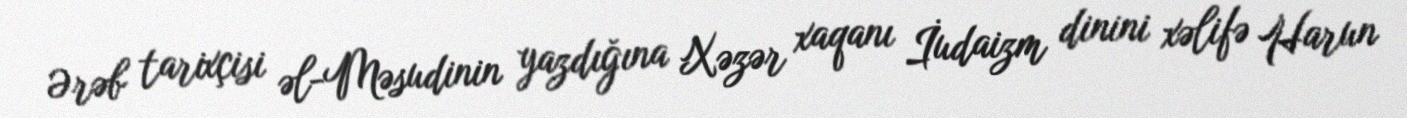
Ərəb tarixçisi əl-Məsudinin yazdığına Xəzər xaqanı İudaizm dinini xəlifə Harun